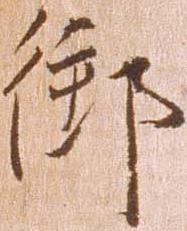
御